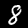
Label: 8